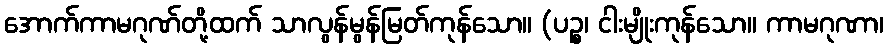
အောက်ကာမဂုဏ်တို့ထက် သာလွန်မွန်မြတ်ကုန်သော။ (ပဉ္စ၊ ငါးမျိုးကုန်သော။ ကာမဂုဏာ၊